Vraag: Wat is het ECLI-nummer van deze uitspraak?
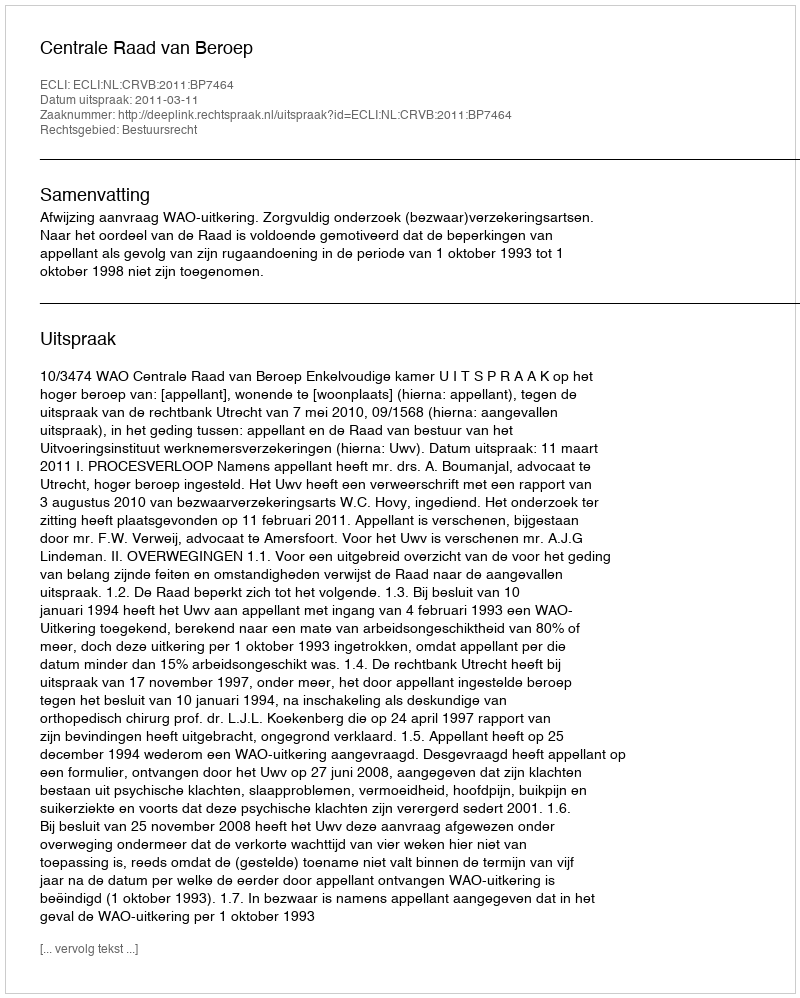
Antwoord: ECLI:NL:CRVB:2011:BP7464